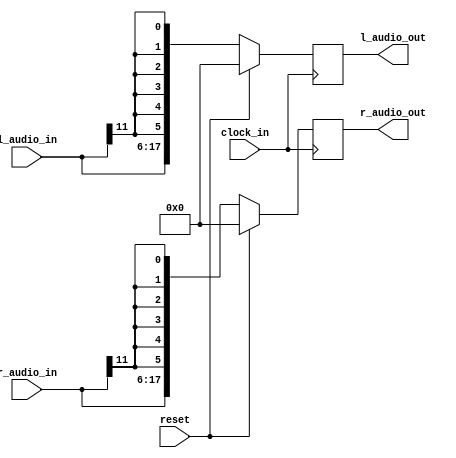
module receiver(
    input clock_in,
	 input reset,
    input [11:0] l_audio_in,
    input [11:0] r_audio_in,
    output [17:0] l_audio_out,
    output [17:0] r_audio_out
    );
        //Buffer audio variables
	 reg [17:0] l_audio_out_n=0;
	 reg [17:0] r_audio_out_n=0;
	//At the negedge of the transmitter ready signal, take data input
	always@(negedge clock_in) begin
		if(reset) begin
			l_audio_out_n<=0;
			r_audio_out_n<=0;
		//Place audio in buffer, replacing bottom 6 bits with top sign bit
		//to reduce noise
		end else begin
			l_audio_out_n<={l_audio_in,{6{l_audio_in[11]}}};
			r_audio_out_n<={r_audio_in,{6{r_audio_in[11]}}};
		end
	end
	//Continously assign buffered audio to output variables
	assign l_audio_out=l_audio_out_n;
	assign r_audio_out=r_audio_out_n;
	
endmodule